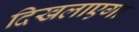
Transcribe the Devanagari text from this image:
दिखलाएगा